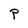
Character: P